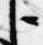
臣